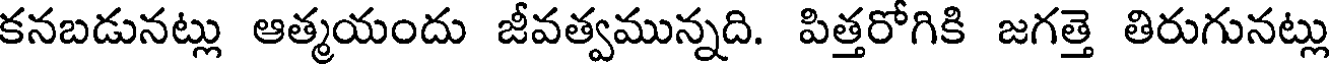
కనబడునట్లు ఆత్మయందు జీవత్వమున్నది. పిత్తరోగికి జగత్తె తిరుగునట్లు